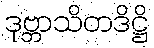
ဒုဗ္ဘာသိတဒိဋ္ဌိ